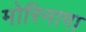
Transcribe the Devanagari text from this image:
मोरिनागा